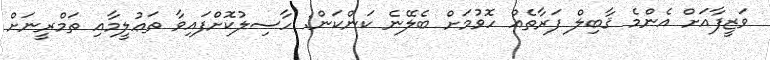
ވަޒީފާއަށް އެންމެ ޤާބިލް ފަރާތެއް ހޮވުމަށް ބެލޭނެ ކަންކަން: ހާސިލުކޮށްފައިވާ ތަޢުލީމާއި ތަމްރީނަށް